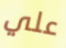
علي